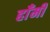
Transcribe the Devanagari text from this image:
हाँमी